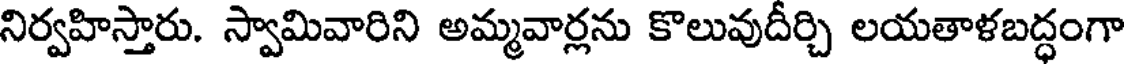
నిర్వహిస్తారు. స్వామివారిని అమ్మవార్లను కొలువుదీర్చి లయతాళబద్ధంగా